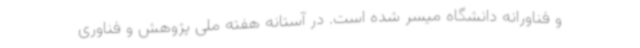
و فناورانه دانشگاه میسر شده است. در آستانه هفته ملی پژوهش و فناوری